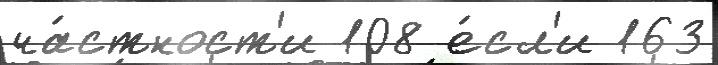
ча́стност'и 108 е́сл'и 163